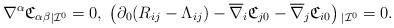
LaTeX: \begin{align*} \nabla^\alpha\mathfrak{C}_{\alpha\beta}{_{|\mathcal{I}^0}}=0,\;\left(\partial_0 (R_{ij}-\Lambda_{ij})-\overline{\nabla}_{i}\mathfrak{C}_{j0}-\overline{\nabla}_{j}\mathfrak{C}_{i0}\right){_{|\mathcal{I}^0}}=0.\end{align*}